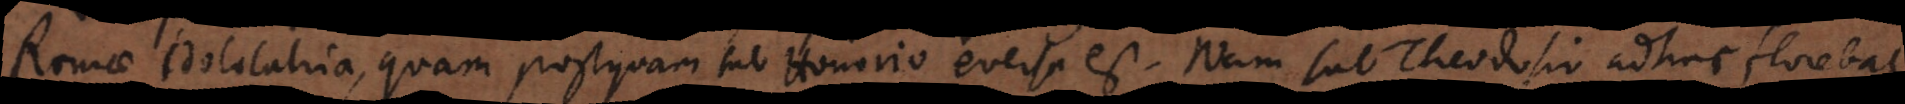
Romae idololatria, quam postquam sub Honorio eversa est. Nam sub Theodosio adhuc florebat.